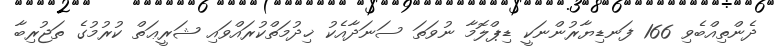
ދެންތިއްބެވި 166 ފަނޑިޔާރުންނަކީ ޑިޕްލޮމާ ނުވަތަ ސަނަދާއެކު ޚިދުމަތްކުރައްވައި ޝަރީޢަތް ކުރުމުގެ ތަޖުރިބާ